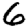
Digit: 6